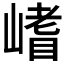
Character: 𭗈